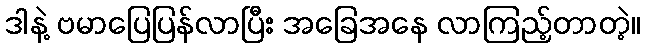
ဒါနဲ့ ဗမာပြေပြန်လာပြီး အခြေအနေ လာကြည့်တာတဲ့။